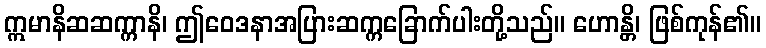
ဣမာနိဆဆက္ကာနိ၊ ဤဝေဒနာအပြားဆက္ကခြောက်ပါးတို့သည်။ ဟောန္တိ၊ ဖြစ်ကုန်၏။